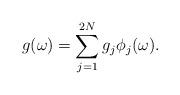
LaTeX: \begin{align*} g(\omega)=\sum_{j=1}^{2N}g_j \phi_j(\omega).\end{align*}